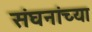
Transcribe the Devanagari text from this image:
संघनांच्या